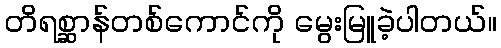
တိရစ္ဆာန်တစ်ကောင်ကို မွေးမြူခဲ့ပါတယ်။